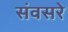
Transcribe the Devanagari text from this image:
संवसरे